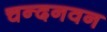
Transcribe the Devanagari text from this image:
चन्दनवन